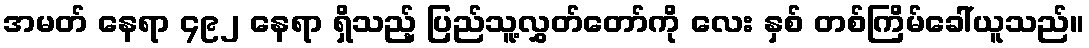
အမတ် နေရာ ၄၉၂ နေရာ ရှိသည့် ပြည်သူ့လွှတ်တော်ကို လေး နှစ် တစ်ကြိမ်ခေါ်ယူသည်။